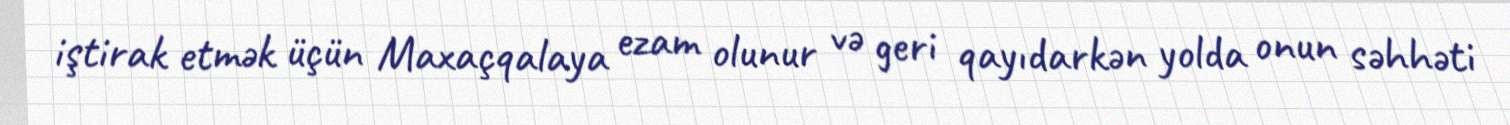
iştirak etmək üçün Maxaçqalaya ezam olunur və geri qayıdarkən yolda onun səhhəti